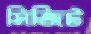
সিজিট